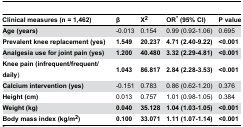
| Clinical measures (n = 1,462) | β | X2 | OR* (95% CI) | P value |
 | --- | --- | --- | --- | --- |
 | Age (years) | -0.013 | 0.154 | 0.99 (0.92-1.06) | 0.695 |
 | Prevalent knee replacement (yes) | 1.549 | 20.237 | 4.71 (2.40-9.22) | <0.001 |
 | Analgesia use for joint pain (yes) | 1.200 | 40.480 | 3.32 (2.29-4.81) | <0.001 |
 | Knee pain (infrequent/frequent/daily) | 1.043 | 86.817 | 2.84 (2.28-3.53) | <0.001 |
 | Calcium intervention (yes) | -0.151 | 0.783 | 0.86 (0.62-1.20) | 0.376 |
 | Height (cm) | 0.013 | 0.757 | 1.01 (0.98-1.05) | 0.384 |
 | Weight (kg) | 0.040 | 35.128 | 1.04 (1.03-1.05) | <0.001 |
 | Body mass index (kg/m2) | 0.100 | 33.071 | 1.11 (1.07-1.14) | <0.001 |